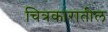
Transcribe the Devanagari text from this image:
चित्रकारातील